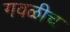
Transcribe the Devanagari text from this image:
गवळीच